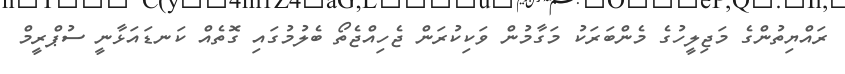
ރައްޔިތުންގެ މަޖިލީހުގެ މެންބަރަކު މަގާމުން ވަކިކުރަން ޖެހިއްޖެތޯ ބެލުމުގައި ގޮތެއް ކަނޑައަޅާނީ ސުޕްރީމް